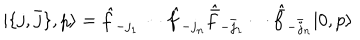
LaTeX: | \{ j , \bar { j } \} , p \rangle = \hat { f } _ { - j _ { 1 } } \cdots \hat { f } _ { - j _ { n } } \hat { \bar { f } } _ { - \bar { j } _ { 1 } } \cdots \hat { \bar { f } } _ { - \bar { j } _ { n } } | 0 , p \rangle